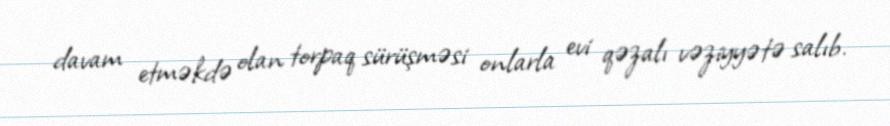
davam etməkdə olan torpaq sürüşməsi onlarla evi qəzalı vəziyyətə salıb.